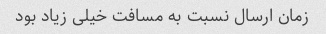
زمان ارسال نسبت به مسافت خیلی زیاد بود